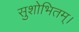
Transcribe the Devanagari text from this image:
सुशोभितम्।